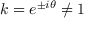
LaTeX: k = e ^ { \pm i \theta } \neq 1